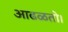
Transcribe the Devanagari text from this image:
आढळतो।